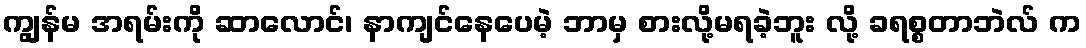
ကျွန်မ အရမ်းကို ဆာလောင်၊ နာကျင်နေပေမဲ့ ဘာမှ စားလို့မရခဲ့ဘူး လို့ ခရစ္စတာဘဲလ် က